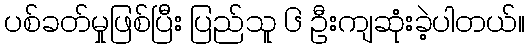
ပစ်ခတ်မှုဖြစ်ပြီး ပြည်သူ ၆ ဦးကျဆုံးခဲ့ပါတယ်။